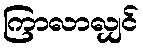
ကြာလာလျှင်